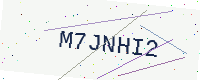
Text: M7JNHI2